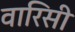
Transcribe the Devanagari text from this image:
वारिसी